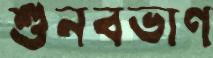
শুনবভাণ